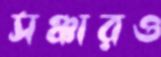
সঞ্চারও